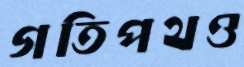
গতিপথও